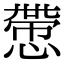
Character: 慸